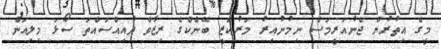
މީގެ އިތުރުން ޖެނުއަރީމަސް ނިމުނުއިރު މަރުކަޒީ ބޭންކްގެ ރިޒާވް ދުއިއްސައްތަ ސޯޅަ މިލިއަން